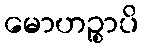
မောဟဉ္စာပိ